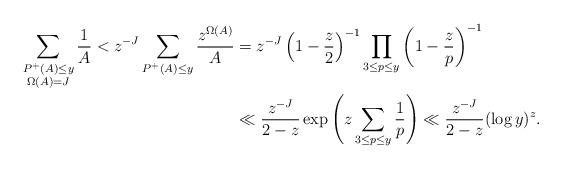
LaTeX: \begin{align*}\sum_{\substack{P^+(A)\le y\\ \Omega(A) = J}} \frac 1A < z^{-J} \sum_{\substack{P^+(A)\leq y}} \frac{z^{\Omega(A)}}{A} &= z^{-J} \left(1-\frac{z}{2}\right)^{-1} \prod_{3 \le p\leq y} \left(1-\frac{z}{p}\right)^{-1}\\ &\ll \frac{z^{-J}}{2-z} \exp\left(z\sum_{3 \le p \le y} \frac1p \right) \ll \frac{z^{-J}}{2-z} (\log y)^z.\end{align*}